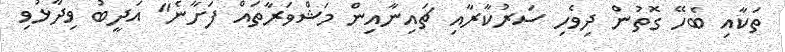
ތަކާއި ބެހޭ ގޮތުން ދިވެހި ސަރުކާރާއި ޗައިނާއިން މަޝްވަރާތައް ފަށާނެ" އަދީބު ވިދާޅުވި